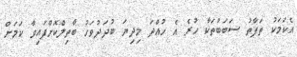
އެކަމަކު ތަފާތު ސަބަބުތަކާ ހުރެ އެ ހުއްދަ މިދިޔަ ބުދަދުވަހު ބާތިލްކޮށްފައިވާ ކަމަށް